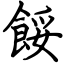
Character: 餒